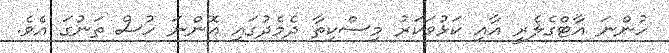
ހުންނަ އާޓްގެލެރީ އާއި ކަޅުވަކަރު މިސްކިތާ ދެމެދުގައި އޮންނަ ހުސް ތަނުގަ އެވެ.